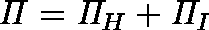
\mathit { \Pi } = \mathit { \Pi } _ { H } + \mathit { \Pi } _ { I }